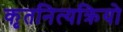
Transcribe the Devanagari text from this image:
कृतनित्यक्रियो